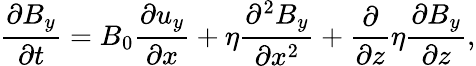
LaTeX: \frac{\partial B_{y}}{\partial t}=B_{0}\frac{\partial u_{y}}{\partial x}+\eta\frac{\partial^{2}B_{y}}{\partial x^{2}}+\frac{\partial}{\partial z}\eta\frac{\partial B_{y}}{\partial z},